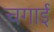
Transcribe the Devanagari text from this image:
चगाई